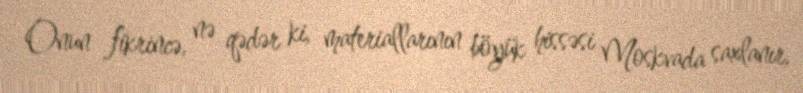
Onun fikrincə, nə qədər ki, materiallarının böyük hissəsi Moskvada saxlanır,